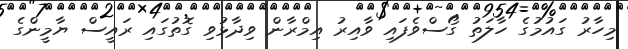
މިހާރު ގައުމުގެ ހާލަތު ގޯސްވެފައި ވާއިރު އިމްރާން ވިދާޅުވި ގޮތުގައި ރައީސް ޔާމީންގެ